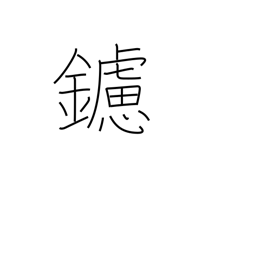
Meaning: rasp